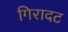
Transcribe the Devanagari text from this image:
गिरादट